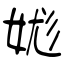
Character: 娏